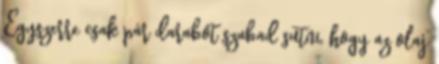
Egyszerre csak pár darabot szabad sütni, hogy az olaj